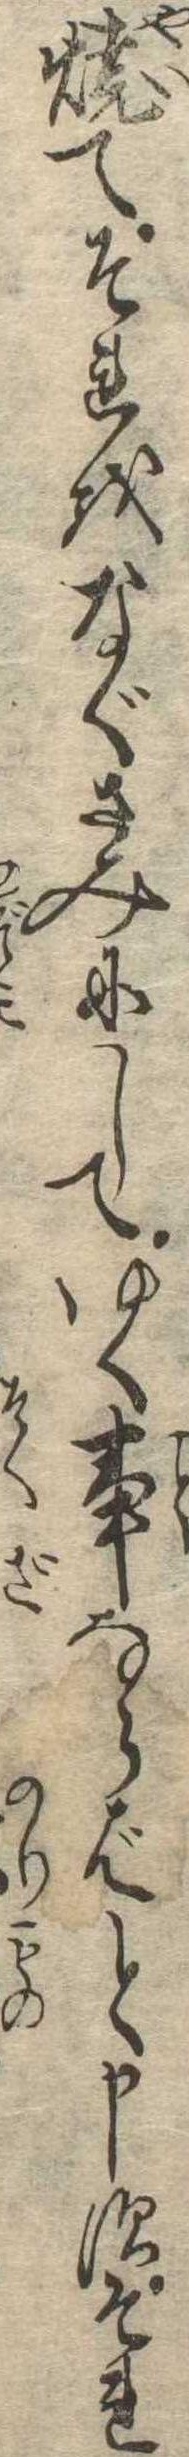
焼てそれをなぐさみにしてゆく事ならばと申すそれ